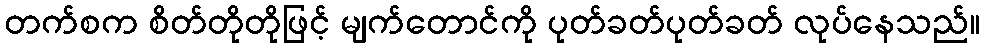
တက်စက စိတ်တိုတိုဖြင့် မျက်တောင်ကို ပုတ်ခတ်ပုတ်ခတ် လုပ်နေသည်။